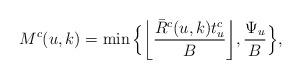
LaTeX: \begin{align*}M^c(u,k) = \min\Big\lbrace\bigg\lfloor \frac{\bar{R}^c(u,k)t_u^c}{B}\bigg\rfloor, \frac{\Psi_u}{B}\Big\rbrace,\end{align*}